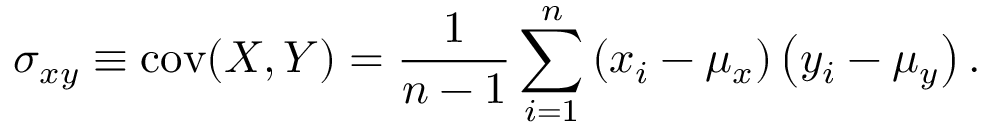
\sigma _ { x y } \equiv \operatorname { c o v } ( X , Y ) = \frac { 1 } { n - 1 } \sum _ { i = 1 } ^ { n } \left( x _ { i } - \mu _ { x } \right) \left( y _ { i } - \mu _ { y } \right) .